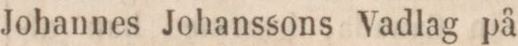
Johannes Johanssons Vadlag på